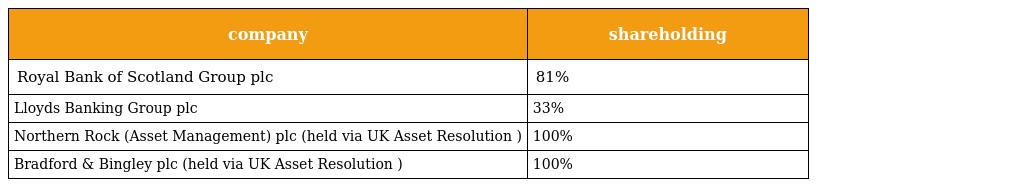
| company | shareholding |
 | --- | --- |
 | Royal Bank of Scotland Group plc | 81% |
 | Lloyds Banking Group plc | 33% |
 | Northern Rock (Asset Management) plc (held via UK Asset Resolution ) | 100% |
 | Bradford & Bingley plc (held via UK Asset Resolution ) | 100% |